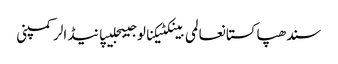
سندھپاکستانعالمی بینکٹیکنالوجیبجلیپانیڈالرکمپنی